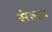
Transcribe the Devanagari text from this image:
संल्प्ना